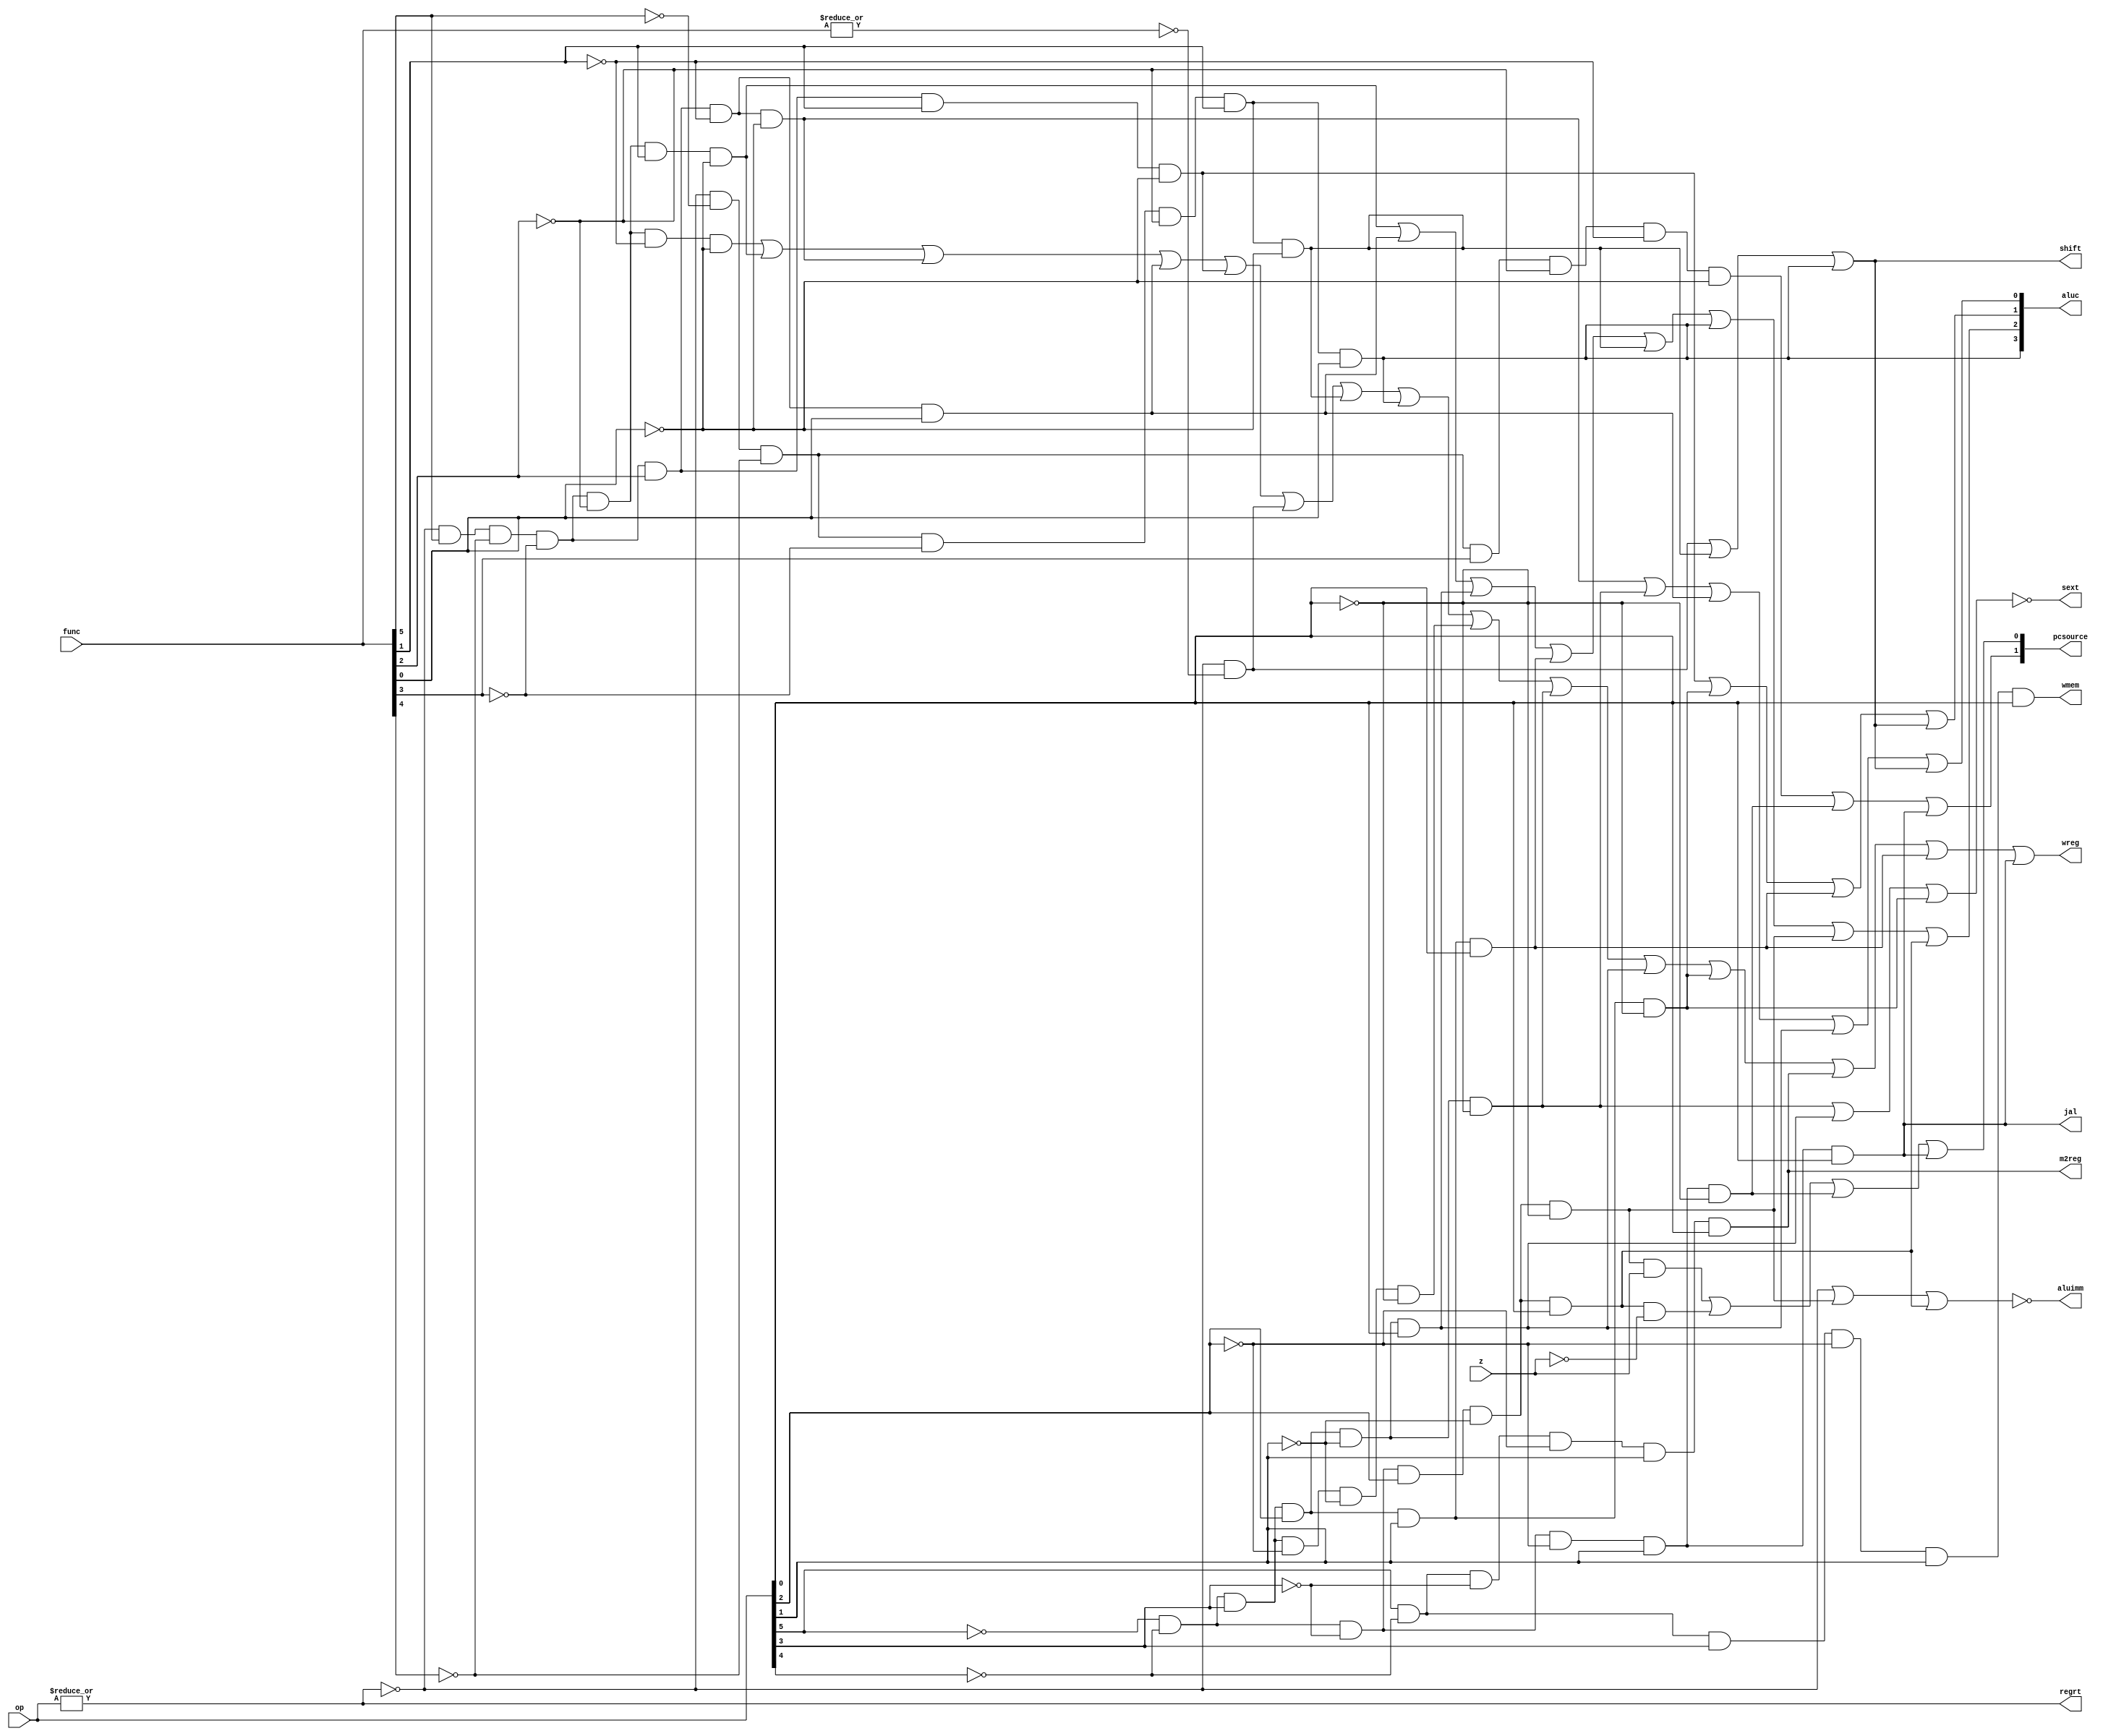
/**
* wmem: Enable memory write if true
* regrt: True if rt is the register to write
* m2reg: Data read from the data memory will be written to the register if true.
* aluc: Control signals for the ALU
* shift: The first operand of ALU comes from shamt (true) or rs
* aluimm: True if immediate value is supplied to the ALU
* jal: True if $ra will be written
* sext: sign extension if true
*/
module sc_cu (op, func, z, wmem, wreg, regrt, m2reg, aluc, shift,
              aluimm, pcsource, jal, sext);
   input  [5:0] op,func;
   input        z;
   output       wreg,regrt,jal,m2reg,shift,aluimm,sext,wmem;
   output [3:0] aluc;
   output [1:0] pcsource;
   wire r_type = ~|op;
   wire i_add = r_type & func[5] & ~func[4] & ~func[3] &
                ~func[2] & ~func[1] & ~func[0];          //100000
   wire i_sub = r_type & func[5] & ~func[4] & ~func[3] &
                ~func[2] &  func[1] & ~func[0];          //100010

   wire i_and = r_type & func[5] & ~func[4] & ~func[3] & func[2] & ~func[1] & ~func[0];
   wire i_or  = r_type & func[5] & ~func[4] & ~func[3] & func[2] & ~func[1] & func[0];

   wire i_xor = r_type & func[5] & ~func[4] & ~func[3] & func[2] & func[1] & ~func[0];
   wire i_sll = r_type & ~|func;
   wire i_srl = r_type & ~func[5] & ~func[4] & ~func[3] & ~func[2] & func[1] & ~func[0];
   wire i_sra = r_type & ~func[5] & ~func[4] & ~func[3] & ~func[2] & func[1] & func[0];
   wire i_jr  = r_type & ~func[5] & ~func[4] & func[3] & ~func[2] & ~func[1] & ~func[0];
                
   wire i_addi = ~op[5] & ~op[4] &  op[3] & ~op[2] & ~op[1] & ~op[0]; //001000
   wire i_andi = ~op[5] & ~op[4] &  op[3] &  op[2] & ~op[1] & ~op[0]; //001100
   
   wire i_ori  = ~op[5] & ~op[4] & op[3] & op[2] & ~op[1] & op[0];
   wire i_xori = ~op[5] & ~op[4] & op[3] & op[2] & op[1] & ~op[0];
   wire i_lw   = op[5] & ~op[4] & ~op[3] & ~op[2] & op[1] & op[0];
   wire i_sw   = op[5] & ~op[4] & op[3] & ~op[2] & op[1] & op[0];
   wire i_beq  = ~op[5] & ~op[4] & ~op[3] & op[2] & ~op[1] & ~op[0];
   wire i_bne  = ~op[5] & ~op[4] & ~op[3] & op[2] & ~op[1] & op[0];
   wire i_lui  = ~op[5] & ~op[4] & op[3] & op[2] & op[1] & op[0];
   wire i_j    = ~op[5] & ~op[4] & ~op[3] & ~op[2] & op[1] & ~op[0];
   wire i_jal  = ~op[5] & ~op[4] & ~op[3] & ~op[2] & op[1] & op[0];

   assign pcsource[1] = i_jr | i_j | i_jal;
   assign pcsource[0] = ( i_beq & z ) | (i_bne & ~z) | i_j | i_jal ;
   
   assign wreg = i_add | i_sub | i_and | i_or   | i_xor  |
                 i_sll | i_srl | i_sra | i_addi | i_andi |
                 i_ori | i_xori | i_lw | i_lui  | i_jal;

   assign aluc[3] = i_sra;
   assign aluc[2] = i_sub | i_or | i_ori | i_lui | i_srl | i_sra | i_beq | i_bne;
   assign aluc[1] = i_xor | i_xori | i_lui | shift;
   assign aluc[0] = i_and | i_andi | i_or | i_ori | shift;
   assign shift   = i_sll | i_srl | i_sra ;

   assign aluimm  = ~(r_type | i_beq | i_bne);
   assign sext    = ~(i_andi | i_ori | i_xori);
   assign wmem    = i_sw;
   assign m2reg   = i_lw;
   assign regrt   = ~r_type;
   assign jal     = i_jal;
endmodule